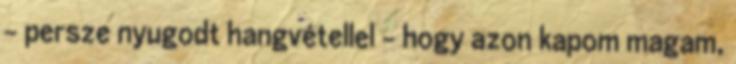
- persze nyugodt hangvétellel - hogy azon kapom magam,